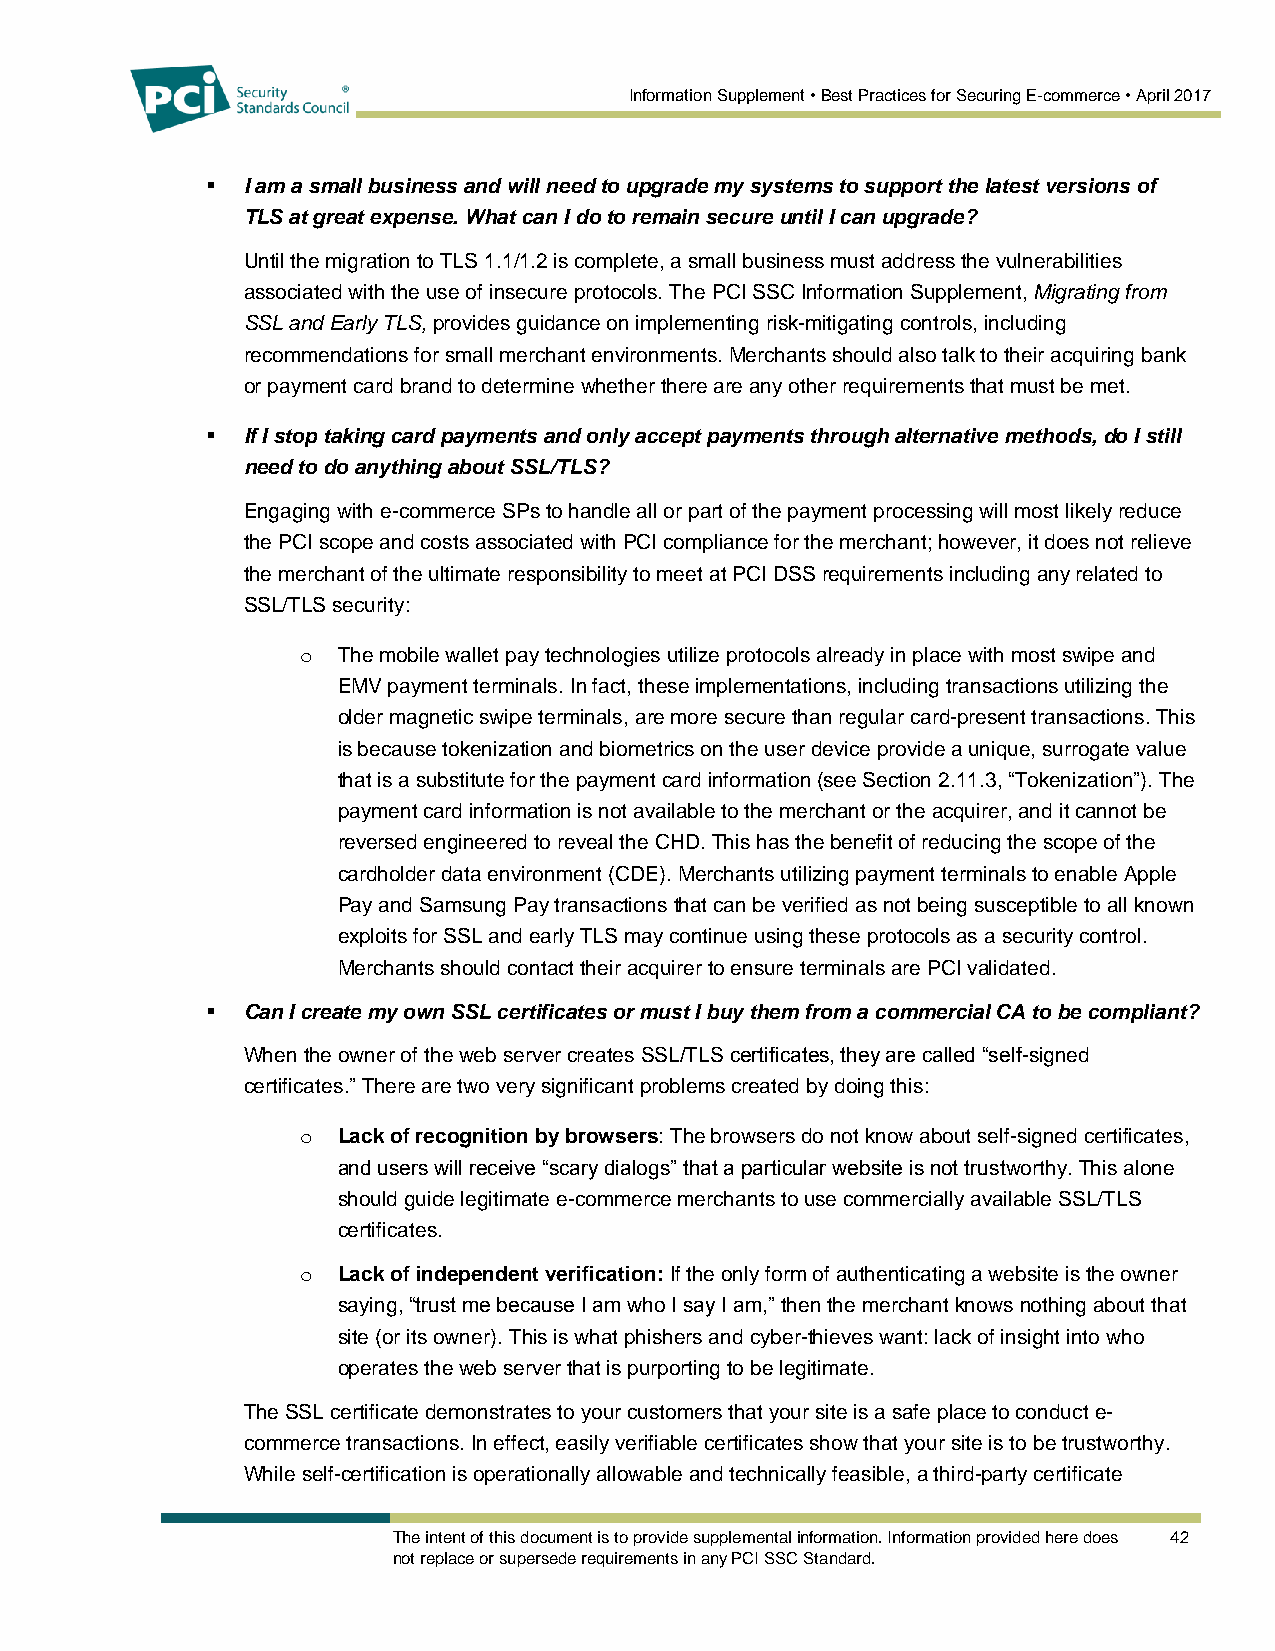
Information Supplement • Best Practices for Securing E-commerce • April 2017
  I am a small business and will need to upgrade my systems to support the latest versions of
 TLS at great expense. What can I do to remain secure until I can upgrade?
 Until the migration to TLS 1.1/1.2 is complete, a small business must address the vulnerabilities
 associated with the use of insecure protocols. The PCI SSC Information Supplement, Migrating from
 SSL and Early TLS, provides guidance on implementing risk-mitigating controls, including
 recommendations for small merchant environments. Merchants should also talk to their acquiring bank
 or payment card brand to determine whether there are any other requirements that must be met.
  If I stop taking card payments and only accept payments through alternative methods, do I still
 need to do anything about SSL/TLS?
 Engaging with e-commerce SPs to handle all or part of the payment processing will most likely reduce
 the PCI scope and costs associated with PCI compliance for the merchant; however, it does not relieve
 the merchant of the ultimate responsibility to meet at PCI DSS requirements including any related to
 SSL/TLS security:
 o The mobile wallet pay technologies utilize protocols already in place with most swipe and
 EMV payment terminals. In fact, these implementations, including transactions utilizing the
 older magnetic swipe terminals, are more secure than regular card-present transactions. This
 is because tokenization and biometrics on the user device provide a unique, surrogate value
 that is a substitute for the payment card information (see Section 2.11.3, “Tokenization”). The
 payment card information is not available to the merchant or the acquirer, and it cannot be
 reversed engineered to reveal the CHD. This has the benefit of reducing the scope of the
 cardholder data environment (CDE). Merchants utilizing payment terminals to enable Apple
 Pay and Samsung Pay transactions that can be verified as not being susceptible to all known
 exploits for SSL and early TLS may continue using these protocols as a security control.
 Merchants should contact their acquirer to ensure terminals are PCI validated.
  Can I create my own SSL certificates or must I buy them from a commercial CA to be compliant?
 When the owner of the web server creates SSL/TLS certificates, they are called “self-signed
 certificates.” There are two very significant problems created by doing this:
 o Lack of recognition by browsers: The browsers do not know about self-signed certificates,
 and users will receive “scary dialogs” that a particular website is not trustworthy. This alone
 should guide legitimate e-commerce merchants to use commercially available SSL/TLS
 certificates.
 o Lack of independent verification: If the only form of authenticating a website is the owner
 saying, “trust me because I am who I say I am,” then the merchant knows nothing about that
 site (or its owner). This is what phishers and cyber-thieves want: lack of insight into who
 operates the web server that is purporting to be legitimate.
 The SSL certificate demonstrates to your customers that your site is a safe place to conduct e-
 commerce transactions. In effect, easily verifiable certificates show that your site is to be trustworthy.
 While self-certification is operationally allowable and technically feasible, a third-party certificate
 The intent of this document is to provide supplemental information. Information provided here does 42
 not replace or supersede requirements in any PCI SSC Standard.